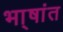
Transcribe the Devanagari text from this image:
भा्षांत